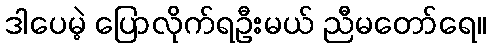
ဒါပေမဲ့ ပြောလိုက်ရဦးမယ် ညီမတော်ရေ။